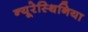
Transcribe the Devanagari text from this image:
न्यूरेस्थिनिया